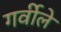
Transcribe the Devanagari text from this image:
गर्वीले